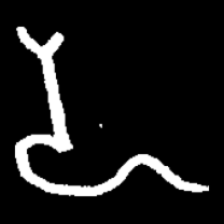
Pyu character \u2014 Myanmar letter: ဍ (romanized: dda)